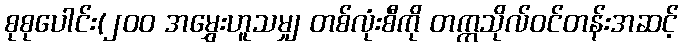
စုစုပေါင်း(၂၀၀ အမွှေးဟူသမျှ တစ်လုံးစီကို တက္ကသိုလ်ဝင်တန်းအဆင့်